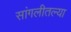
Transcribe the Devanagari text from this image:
सांगलीतल्या